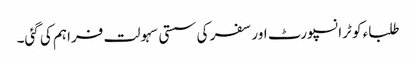
طلباء کو ٹرانسپورٹ اور سفر کی سستی سہولت فراہم کی گئی۔